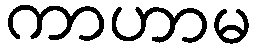
ကာဟာမ